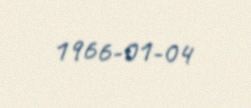
1966-01-04